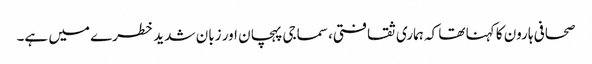
صحافی ہارون کا کہنا تھا کہ ہماری ثقافتی، سماجی پہچان اور زبان شدید خطرے میں ہے۔